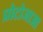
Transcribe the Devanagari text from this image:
प्रोटोजाआ